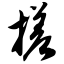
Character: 搓